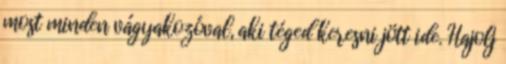
most minden vágyakozóval, aki téged keresni jött ide. Hajolj